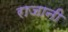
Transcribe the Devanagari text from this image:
राजानी